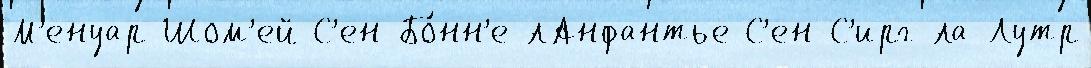
М'енуар Шом'ей С'ен-Бо́нн'е-лАнфантье С'ен-С'ирг-ла-Лутр